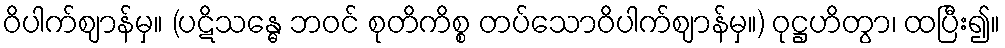
ဝိပါက်ဈာန်မှ။ (ပဋိသန္ဓေ ဘဝင် စုတိကိစ္စ တပ်သောဝိပါက်ဈာန်မှ။) ဝုဋ္ဌဟိတွာ၊ ထပြီး၍။